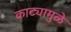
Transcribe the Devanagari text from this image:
काट्यामुळे